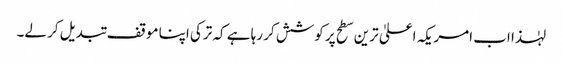
لہٰذا اب امریکہ اعلیٰ ترین سطح پر کوشش کر رہا ہے کہ ترکی اپنا موقف تبدیل کر لے۔